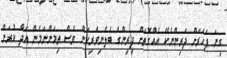
ގިނަ ފަހަރަށް ދަރިންނެކޭ އެއްގޮތަށް ފިރިންގެ ބެލެނިވެރިކަން ވެސް ތިމަންނަމެން އަދާ ކުރަން